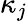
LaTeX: \kappa_{j}